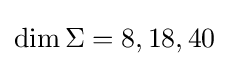
\dim \Sigma =8,18,40